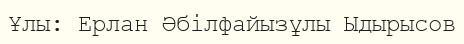
Ұлы: Ерлан Әбілфайызұлы Ыдырысов